Report on the administration of the Government Cinchona Department 1892-98
Year: 1892
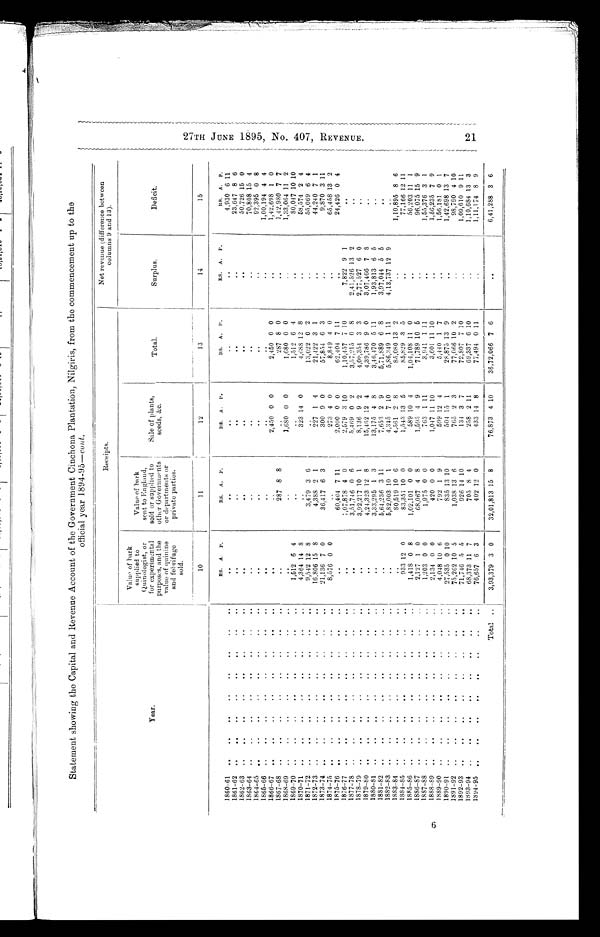
Statement showing the Capital and Revenue Account of the Government Cinchona Plantation, Nilgiris, from the commencement up to the
official year 1894-95-cunt.
Year.
Receipts.
Net revenue (difference between
columns 9 and 13).
Value of bark
supplied to
Quinologist, or
for experimental
Purposes, and the
value of quinine
and febrifuge
sold.
Value of hark
sent to England,
sold or supplied to
other Governments
or departments or
private parties.
Sale of plants,
seeds, &e.
Total.
Surplus.
Deficit.
10
11
12
13
14
15
RS. A. P.
RS.
A. P.
Rs.
A.
P.
RS.
A.
P.
RS.
A.
P.
RS.
A.
P.
1860-61
.. ..
..
..
..
..
..
..
. .
..
..
4,930 6 11
1861-62
..
..
..
. .
.
.
23,647 8 6
1862-63
. .
. .
..
. .
..
50,726 15 0
1863-64
..
..
..
..
..
..
..
. .
. . 70 808
,
15
1864-65
..
..
..
..
..
..
..
..
..
..
92,395 0 8
1865-66
..
..
..
1,00,194 4 4
1866-67
..
..
2,450 0 0
2 ,450 0 0
..
1,42,698 1 0
1867-68
..
..
..
..
..
. . . . . .
287 8 8
..
287 8 0
..
1,42,980 7 7
1868-69
..
..
..
..
..
..
..
..
..
..
],680 0 0
1,680 0 0
1,33,064 11 2
1869-70
..
..
..
..
..
..
..
1,512 6 4
..
..
1,512 6 4
..
80,047 10 10
1870-71
4,364 14 S
..
323 14 0
4,688 12 8
.
.
58,574 2 4
1871-72
..
..
..
..
..
..
..
..
9,542 12 8
3,479 3 6
..
13,022 0 2
..
55,069 6 4
1872-73
..
..
..
..
..
..
..
..
16,806 15 8
4,388 2 1
227 1 4
21,122 3 1
.
.
44,240 7 1
1873-74
..
..
..
21,136 7 0
36,417 6 3
300 9 0
57,854 6 3
9,870 3 11
1874-75..
..
..
..
..
..
..
8,576 0 0
..
273 4 0
8,849 4 0
..
65,458 13 2
1875-76
..
60,404 7 11
2,000 0 0
62,404 7 11
.
.
24,426 0 4
1876-77
..
1,07,878 4 0
2,579 3 10
1,10,457 7 10
7,822 9 1
..
1877-78
..
3,51,746 0 6
5,469 0 2
3,57,215 0 8
2,41,526 i3 2
..
1878-79
..
..
..
..
..
..
..
..
3,92,217 10 1
8,136 9 2
4,00,354 3 3
2,77,527 6 0
. .
1879-80
..
..
..
..
..
..
..
..
4,24,323 12 8
15,462 12 4
4,39,786 9 0
3,07,466 7 S
. .
1880-81
..
...
..
. . .
.
..
3,33,295 1 3
13,175 4 8
3,46,170 5 11
1,93,813 6 5
. .
1881-82
...
..
..
..
. .
5,64,236 3 11
7,6.53 2 9
5,71,889 6 S
3,97,044 5 5
..
1882-83
..
..
. . . . . . . .
..
5,82,003 10 1
4,345 7 10
5,86,349 1 11
4,13,737 12 9
. .
1883-84
80,519 10 6
4,561 2 8
85,080 13 2
.
.
1,10,895 8 6
1884-85
933 12 0
83,351 10 0
1,543 13 5
85,829 3 5
.
.
77,166 12 11
1885-86
1,418 0 8
1,02,101 0 0
589 10 4
1,04,108 11 0
..
56,203 11 1
1886-87
..
..
..
...
..
..
2,127 1 0
68,067 4 8
1,595 4 9
71,789 10 5
96.075 15 9
1887-88
1,203 0 0
1 , 9 7 5 0 0
763
1 11
3,941 1 11
.
.
1,55,376 3 1
1888-89
..
.
.
. . . . . . . . .
2,134 0 0
420 0 0
1,017 11 10
3,601 11 10
.
.
1,56,235 7 9
1889-90
.........
4,048 10 6
792 1 9
599 12 4
5,440 1 7
.
.
1,56,181 0 1
1890-91
27,535 0 10
835 13 10
504 15 1
28,875 13 9
.
.
1,42,698 13 7
1891-92
..
..
..
..
..
..
..
..
75,262 10 5
1,038 13 6
76.5 2 3
77,066 10 2
98,790 4 10
1892-93
71,746 5 5
926 14 10
134 3 7
72,807 7 10
..
1,09,610 9 11
1893-94
68,373 11 7
705 8 4
258 2 11
69,337 6 10
.
.
1,10,684 13 3
1894-95
76,657 6 3
402 12 0
433 14 8
77,494 0 11
.
.
1,11,174 8 9
Total ..
3,93,379 3 0
32,01,813 15 8
76,873 4 10
36,72,066 7 6
. . 6,41,288 3 6
2 7 T H J U N E 1 8 9 5 , N O . 4 0 7 , R E V E N U E . 2 1